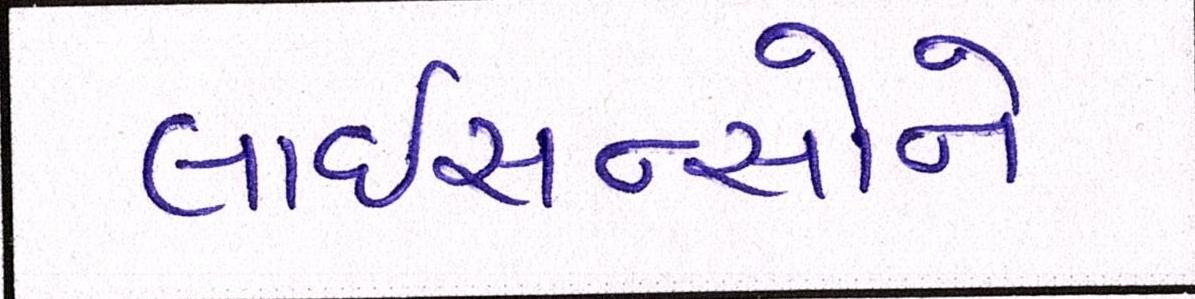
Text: લાઇસન્સોને